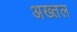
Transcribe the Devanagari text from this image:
अख्तल